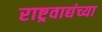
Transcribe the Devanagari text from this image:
राष्ट्रवाद्यंच्या